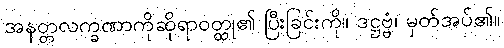
အနတ္တလက္ခဏာကိုဆိုရာဝတ္ထု၏ ပြီးခြင်းကို။ ဒဋ္ဌဗ္ဗံ၊ မှတ်အပ်၏။